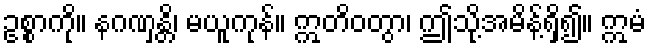
ဥစ္စာကို။ နဂဏှန္တိ၊ မယူကုန်။ ဣတိဝတွာ၊ ဤသို့အမိန့်ရှိ၍။ ဣမံ